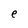
Character: e